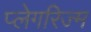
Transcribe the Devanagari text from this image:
प्लेगरिज्म